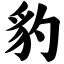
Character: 豹